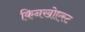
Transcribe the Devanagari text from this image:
किनखोएस्ट